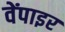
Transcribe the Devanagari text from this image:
वेंपाइर